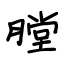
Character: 膛